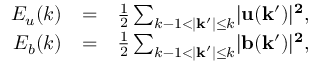
\begin{array} { r l r } { E _ { u } ( k ) } & { = } & { \frac { 1 } { 2 } \sum _ { k - 1 < \lvert \mathbf { k ^ { \prime } } \rvert \leq k } \lvert \bf { u } ( \bf { k ^ { \prime } } ) \rvert ^ { 2 } , } \\ { E _ { b } ( k ) } & { = } & { \frac { 1 } { 2 } \sum _ { k - 1 < \lvert \mathbf { k ^ { \prime } } \rvert \leq k } \lvert \bf { b } ( \bf { k ^ { \prime } } ) \rvert ^ { 2 } , } \end{array}